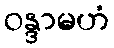
ဝန္ဒာမဟံ